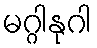
မဂ္ဂါနုဂါ